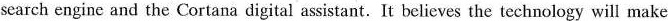
scarch enginc and the Cortana digital assistant.It believes the technology will make